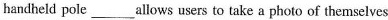
handheld pole ___ allows users to take a photo of themselves